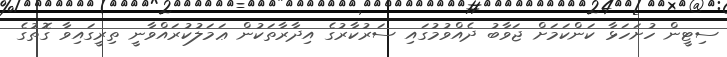
ސިޓީން ހުށަހަޅާ ކަންކަމަށް ޖަވާބު ދެއްވުމުގައި ސަރުކާރުގެ އިދާރާތަކުން ޢަމަލުކުރައްވާނީ ތިރީގައިވާ ގޮތުގެ